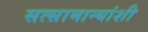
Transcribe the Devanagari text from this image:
सत्सामान्यांशी